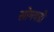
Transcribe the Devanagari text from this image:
सोमवडी